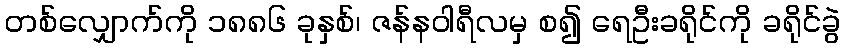
တစ်လျှောက်ကို ၁၈၈၆ ခုနှစ်၊ ဇန်နဝါရီလမှ စ၍ ရေဦးခရိုင်ကို ခရိုင်ခွဲ